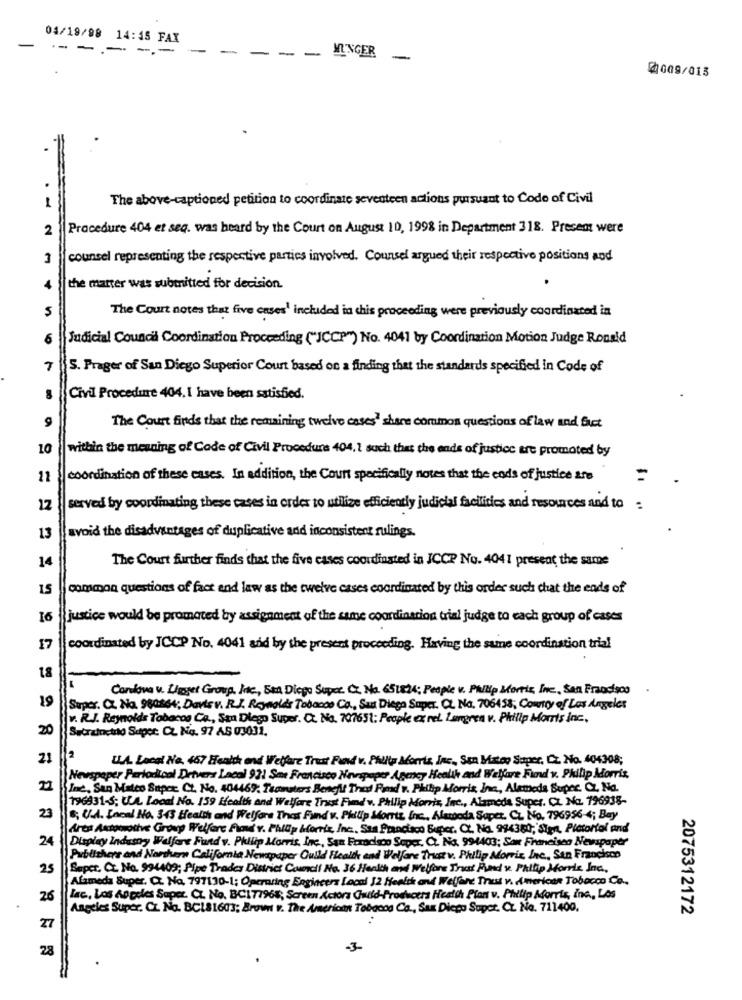
04/19/98 14:45 FAX
- --- --
-
-
-
-
MUNGER
-
@009/013
1
The above-captioned petition to coordinate seventeen actions pursuant to Code of Civil
2
Procedure 404 et seq. was heard by the Court on August 10, 1998 in Department 318. Present were
3
counsel representing the respective parties involved. Counsel argued their respective positions pod
the matter was submitted for decision.
The Court notes that five cases' included in chis proceeding were previously coordinated in
Judicial Council Coordination Proceeding ("JCCP") No. 4041 by Coordination Motion Judge Ronald
7
S. Prager of San Diego Superior Court based on a finding that the standards specified in Code of
Civil Procedure 404. I have been satisfied.
The Court finds that the remaining twelve cases' share common questions of law and fact
10
within the meaning of Code of Civil Procedure 404. 1 such that the ends of justice are promoted by
11
coordination of these cases. In addition, the Court specifically notes that the ends of justice are
12
served by coordinating these cases in order to utilize efficiently judicial facilities and resources and to =
13
avoid the disadvantages of duplicative and inconsistent rulings.
14
The Court further finds that the five cases coordinated in ICCP No. 4041 present the same
15
common questions of fact and law as the twelve cases coordinated by this order such chat the ends of
16
justice would be promoted by assignment of the same coordination trial judge to each group of cases
17
coordinated by JCCP No. 4041 and by the present proceeding. Having the same coordination trial
18
Cordova v. Ligger Group, Inc ., Sta Diego Super. C. No. 651824; People v. Phillip Morris, Inc ., San Francisco
19
Super. C. No. 980864; Davis v. R.J. Reynolds Tobacco Co. San Diego Super. C. No. 706458; Country of Los Angeles
v. R.J. Reynolds Tobacco Ca ., San Diego Super. C. No. 707651: People ex rel. Langren v. Philip Morris Inc.
20
Sucrzinetto Super. Cz. No. 97 AS 03031.
2
21
U.A. Local No. 467 Health and Welfare Trust Fund v. Philta Morris, Inc ., San Mateo Super, Cz No. 404308;
Newspaper Periodical Drivers Lacal 93: San Francisco Newspaper Agency Health and Welfare Fund v. Philip Morris
22
Inc, San Mateo Saper Ct. No. 404469. Teamsters Benefit That Pmd .. Philip Morris, Ina, Alemeda Super. Cz Na.
196931-5; U.A. Local No. 159 Health and Welfare Trust Fund v. Philip Morris, Inc ., Alameda Super. CL. Na. 196938-
23
8; CLd. Local No. 345 Health and Welfare That Fund v. Pillip Morris Inc ., Alangoda Super. CL. No. 7969564; Bay
Bres Automotive Group Welfare Fund v. Phillip Morris, Inc. San Practico Super. C. No. 994380; Sign, Pletorial and
24
Display Industry Welfare Fund v. Philip Morris, Inc, San Foracisco Seper, Ct. No. 994403; San Francisea Newspaper
Publishers and Northern California Newspaper Guild Health and Welfare That v. Piulip Morrie, Inc ., San Francisco
25
Super. C. No. 994409; Pipe Trader District Council No. 36 Health and Welfare That Fund v. Phillip Morris Inc.
Alameda Super. Cz. No. 797130-1; Operating Engineers Local 12 Health and Welfare Trust vidmerican Tobacco Co.
26
lac, Los Angeles Saper. C. No. BC171968; Screen Actors Guild-Producers Health Plan v. Philip Morris, inc ., Los
Angeles Super. Cz. No. BCL81603; Browns v. The American Tobacos Ca ., Sax Diego Super. Cz. No. 711400,
2075312172
27
28
-3-